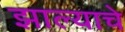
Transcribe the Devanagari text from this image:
झाल्‍याचे